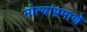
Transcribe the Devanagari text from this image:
मोत्यांप्रमाणे